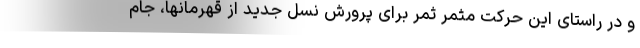
و در راستای این حرکت مثمر ثمر برای پرورش نسل جدید از قهرمانها، جام